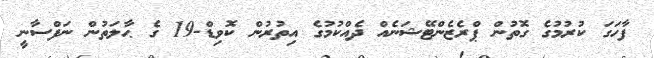
ފާހަގަ ކުރުމުގެ ގޮތުން ޕްރެޒެންޓޭޝަނެއް ދެއްކުމުގެ އިތުރުން ކޮވިޑް-19 ގެ ޙާލަތުން ނަފްސާނީ